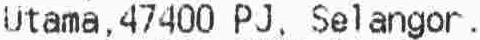
UTAMA,47400 PJ, SELANGOR.